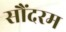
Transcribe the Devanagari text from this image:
सौंदरम